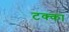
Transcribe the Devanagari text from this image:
टक्‍का